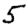
Digit: 5